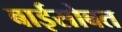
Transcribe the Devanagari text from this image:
बाईसोबत